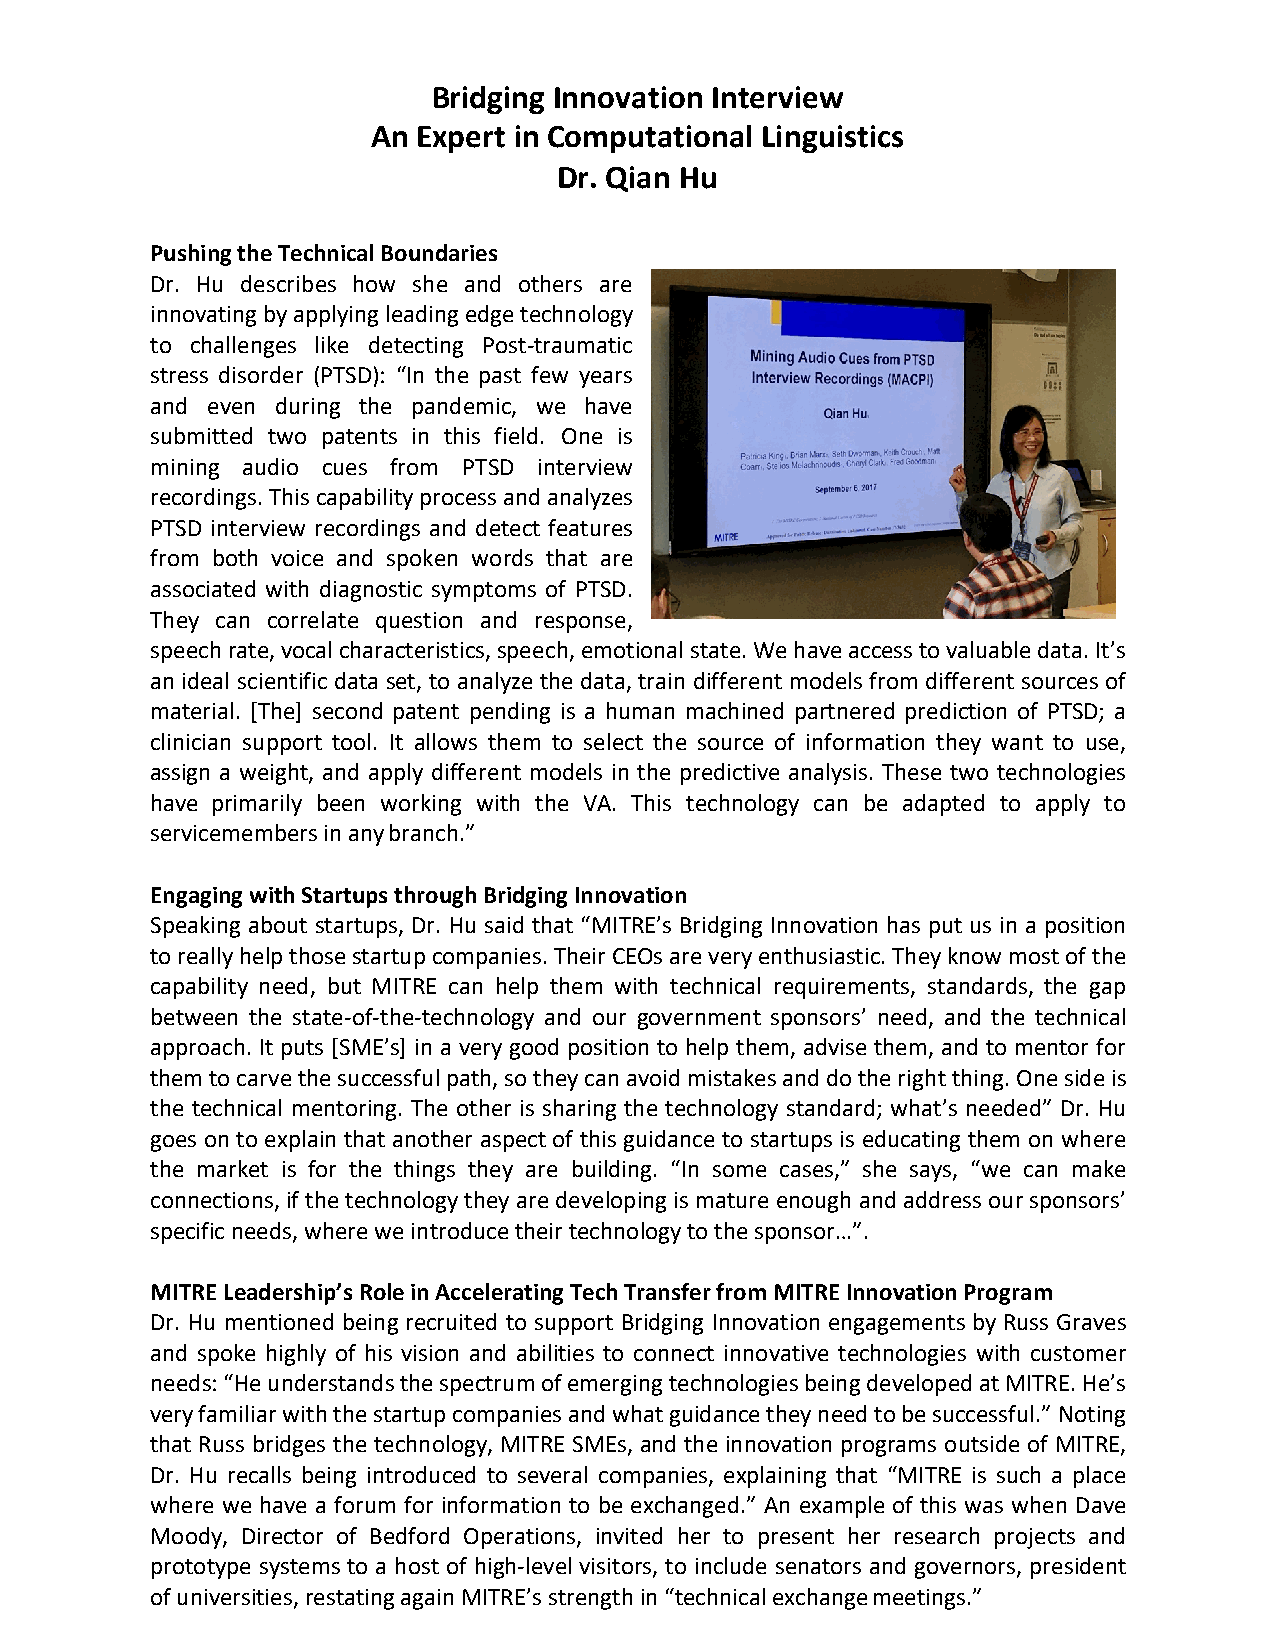
Bridging Innovation Interview
 An Expert in Computational Linguistics
 Dr. Qian Hu
 Pushing the Technical Boundaries
 Dr. Hu describes how she and others are
 innovating by applying leading edge technology
 to challenges like detecting Post-traumatic
 stress disorder (PTSD): “In the past few years
 and even during the pandemic, we have
 submitted two patents in this field. One is
 mining audio cues from PTSD interview
 recordings. This capability process and analyzes
 PTSD interview recordings and detect features
 from both voice and spoken words that are
 associated with diagnostic symptoms of PTSD.
 They can correlate question and response,
 speech rate, vocal characteristics, speech, emotional state. We have access to valuable data. It’s
 an ideal scientific data set, to analyze the data, train different models from different sources of
 material. [The] second patent pending is a human machined partnered prediction of PTSD; a
 clinician support tool. It allows them to select the source of information they want to use,
 assign a weight, and apply different models in the predictive analysis. These two technologies
 have primarily been working with the VA. This technology can be adapted to apply to
 servicemembers in any branch.”
 Engaging with Startups through Bridging Innovation
 Speaking about startups, Dr. Hu said that “MITRE’s Bridging Innovation has put us in a position
 to really help those startup companies. Their CEOs are very enthusiastic. They know most of the
 capability need, but MITRE can help them with technical requirements, standards, the gap
 between the state-of-the-technology and our government sponsors’ need, and the technical
 approach. It puts [SME’s] in a very good position to help them, advise them, and to mentor for
 them to carve the successful path, so they can avoid mistakes and do the right thing. One side is
 the technical mentoring. The other is sharing the technology standard; what’s needed” Dr. Hu
 goes on to explain that another aspect of this guidance to startups is educating them on where
 the market is for the things they are building. “In some cases,” she says, “we can make
 connections, if the technology they are developing is mature enough and address our sponsors’
 specific needs, where we introduce their technology to the sponsor…”.
 MITRE Leadership’s Role in Accelerating Tech Transfer from MITRE Innovation Program
 Dr. Hu mentioned being recruited to support Bridging Innovation engagements by Russ Graves
 and spoke highly of his vision and abilities to connect innovative technologies with customer
 needs: “He understands the spectrum of emerging technologies being developed at MITRE. He’s
 very familiar with the startup companies and what guidance they need to be successful.” Noting
 that Russ bridges the technology, MITRE SMEs, and the innovation programs outside of MITRE,
 Dr. Hu recalls being introduced to several companies, explaining that “MITRE is such a place
 where we have a forum for information to be exchanged.” An example of this was when Dave
 Moody, Director of Bedford Operations, invited her to present her research projects and
 prototype systems to a host of high-level visitors, to include senators and governors, president
 of universities, restating again MITRE’s strength in “technical exchange meetings.”